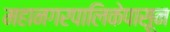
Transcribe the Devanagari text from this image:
महानगरपालिकेपासून